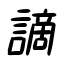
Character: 謫